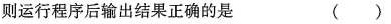
则运行程序后输出结果正确的是 ( )